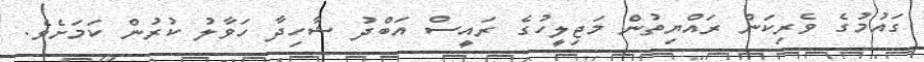
ގައުމުގެ ވެރިކަން ރައްޔިތުން މަޖިލީހުގެ ރައީސް އަބްދު ޝާހިދާ ހަވާލު ކުރުން ކަމަށެވެ.